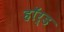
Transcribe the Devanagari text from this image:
हॉर्ड